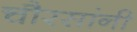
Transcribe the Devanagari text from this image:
चौरसांनी